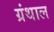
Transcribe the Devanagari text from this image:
ग्रंथाल